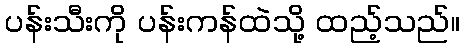
ပန်းသီးကို ပန်းကန်ထဲသို့ ထည့်သည်။